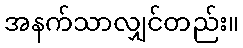
အနက်သာလျှင်တည်း။